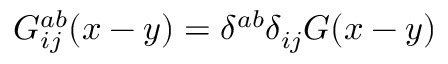
G _ { i j } ^ { a b } ( x - y ) = \delta ^ { a b } \delta _ { i j } G ( x - y )